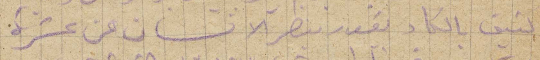
بتفيق بالكاد بتقدر تنظر الانسان عن عشرة